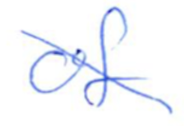
Text: of
Cross-out: diagonal
Writing tool: ballpoint